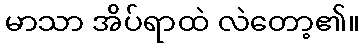
မာသာ အိပ်ရာထဲ လဲတော့၏။